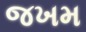
જખમ